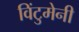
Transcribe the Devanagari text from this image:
विंटुमेनी